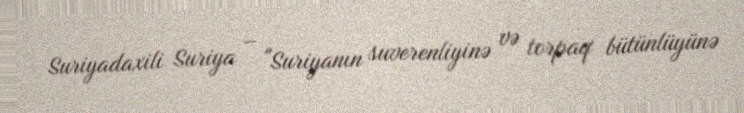
Suriyadaxili Suriya – "Suriyanın suverenliyinə və torpaq bütünlüyünə